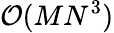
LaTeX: \mathcal{O}(MN^{3})